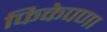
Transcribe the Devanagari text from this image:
फिकेपणा